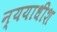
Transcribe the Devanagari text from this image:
न्ययाधीश